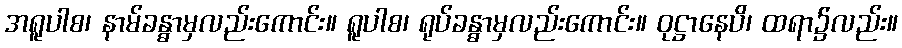
အရူပါစ၊ နာမ်ခန္ဓာမှလည်းကောင်း။ ရူပါစ၊ ရုပ်ခန္ဓာမှလည်းကောင်း။ ဝုဋ္ဌာနေပိ၊ ထရာ၌လည်း။